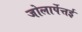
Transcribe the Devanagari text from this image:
जोलार्पेत्तई